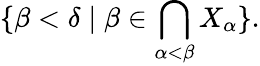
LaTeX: \displaystyle\{ \beta<\delta\mid\beta\in\bigcap_{\alpha<\beta}X_{\alpha}\} .